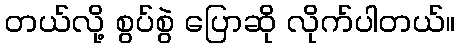
တယ်လို့ စွပ်စွဲ ပြောဆို လိုက်ပါတယ်။